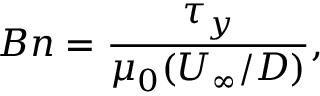
B n = \frac { \tau _ { y } } { \mu _ { 0 } ( U _ { \infty } / D ) } ,